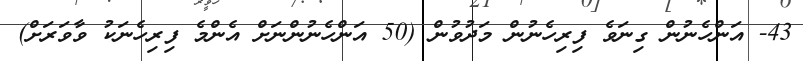
43- އަންހެނުން ގިނަވެ ފިރިހެނުން މަދުވުން (50 އަންހެނުންނަށް އެންމެ ފިރިހެނަކު ވާވަރަށް)